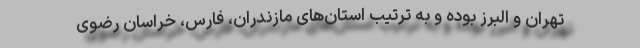
تهران و البرز بوده و به ترتیب استان‌های مازندران، فارس، خراسان رضوی